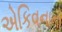
એકિવનાનો